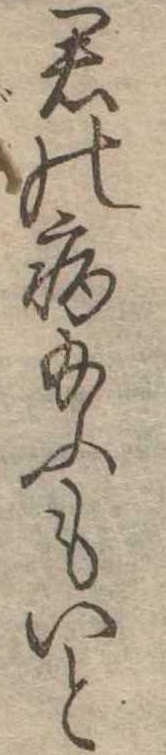
君の病給ふもいと